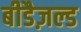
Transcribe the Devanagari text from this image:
बीडैज़ल्ड